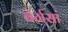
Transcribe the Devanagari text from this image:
बेर्गसां